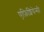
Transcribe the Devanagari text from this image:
एफ़िशियेन्सी